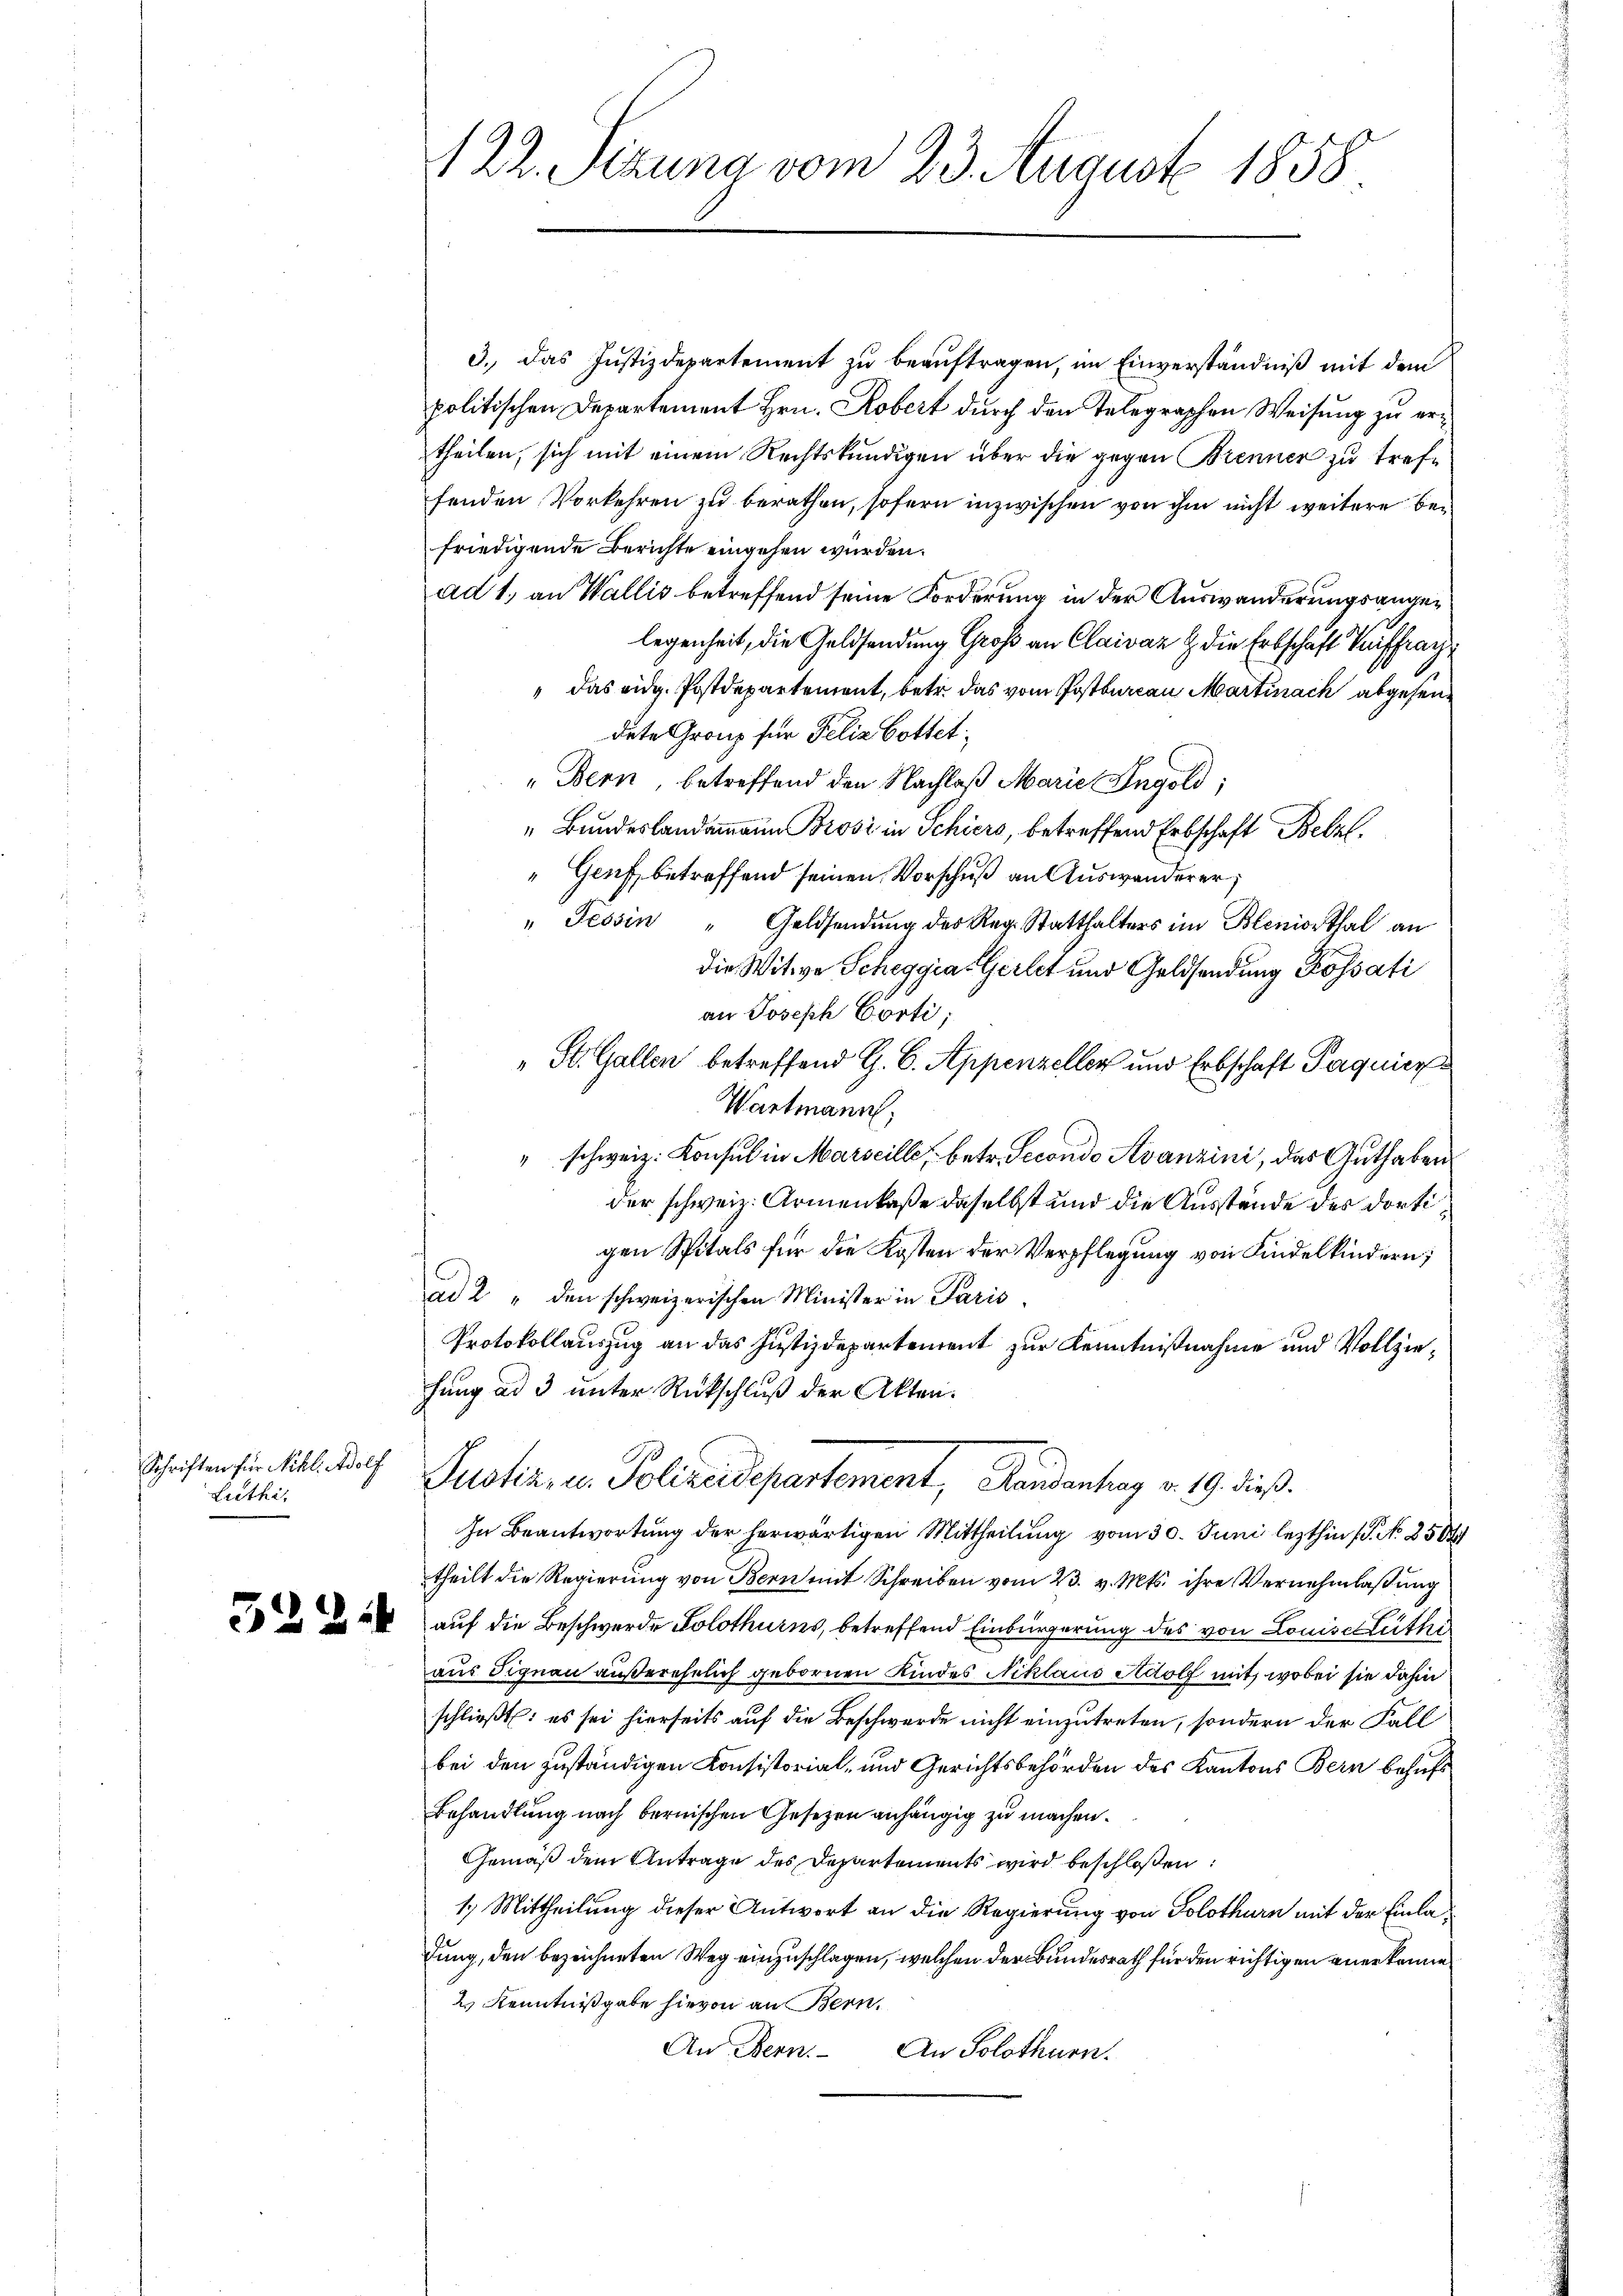
Schriften für Nikl. Adolf
Liethi

5224

122. Sizung vom 23. August 1858

3. Das Justizdepartement zu beauftragen, im Einverständniß mit dem
politischen Departement Hrn. Robert durch den Telegraphen Weisung zu ertheilen, sich mit einem Rechtskundigen über die gegen Brenner zu treffenden Vorkehren zu berathen, sofern inzwischen von ihm nicht weitere befriedigende Berichte eingehen wurden.
ad 1., an Wallis betreffend seine Forderung in der Auswanderungsangelegenheit, die Geldsendung Groß an Claivaz & die Erbschaft triffran¬
"das eidg. Postdepartement, betr. das vom Postbureau Martinach abgesendete ranz für Felix bottet,
„Bern, betreffend den Nachlaß Marie Ingold;
„Bundeslandammann Brosi in Schiers, betreffend Erbschaft Bell
" Genf, betreffend seinen Vorschuß an Auswanderer,
" Tessin " Geldsendŭng des Reg. Statthalters im Bleniorthal an
die Witwe Scheggia Gerlet und Geldsendung Kossati
an Joseph Corti;
" St. Gallen betreffend G. B. Appenzeller und Erbschaft Paquier
Wartmann,
" schweiz. Konsul in Marseille, betr. Secondo Avanzini, das Guthaben
der schweiz. Armenkaße daselbst und die Ausstände des dortigen Spitals für die Kosten der Verpflegung von Kindelkindern;
ad 2 " den schweizerischen Minister in Paris
Protokollauszug an das Justizdepartement zur Kenntnißnahme und Vollziehung ad 3 unter Rückschluß der Akten.
.
Justiz, u. Polizeidepartement, Pendantrag v. 19. dieß.
In Beantwortung der herwärtigen Mittheilŭng vom 30. Juni lezthin 1. No 8504
theilt die Regierung von Bern mit Schreiben vom 23. v. Mts. ihre Vernehmlassung
auf die Beschwerde Solothurns, betreffend Einbürgerung des von Lonis Luthe
aus Signau außerehelich gebornen Kindes Niklaus Adolf mit, wobei sie dahin
schließt: es sei hierseits auf die Beschwerde nicht einzutreten, sondern der Fall
bei den zuständigen Konsistorial- und Gerichtsbehörden des Kantons Bern behufs
Behandlung nach bernischen Gesetzen anhängig zu machen.
Gemäß dem Antrage des Departements wird beschloßen:
1.) Mittheilung dieser Antwort an die Regierung von Solothurn mit der Einladung, den bezeichneten Weg einzuschlagen, welchen der Bundesrath für den richtigen anerkenne
2.) Kenntnißgabe hievon an Bern.
An Bern. An Solothurn.